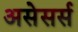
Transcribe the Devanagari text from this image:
असेसर्स